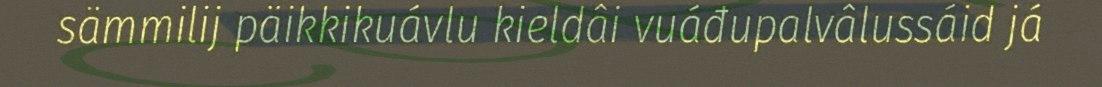
sämmilij päikkikuávlu kieldâi vuáđupalvâlussáid já